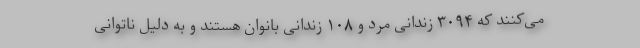
می‌کنند که ۳۰۹۴ زندانی مرد و ۱۰۸ زندانی بانوان هستند و به دلیل ناتوانی